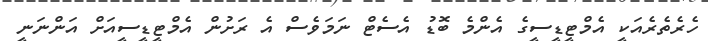
ހެރެތެރެއަކީ އެމްޓީޑީސީގެ އެންމެ ބޮޑު އެސެޓް ނަމަވެސް އެ ރަށުން އެމްޓީޑީސީއަށް އަންނަނީ